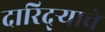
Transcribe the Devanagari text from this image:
दारिद्‌ऱ्याचे